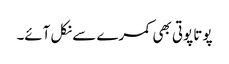
پوتا پوتی بھی کمرے سے نکل آئے۔